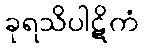
ခုရသိပါဋိကံ